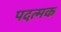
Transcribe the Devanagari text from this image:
पदत्मक